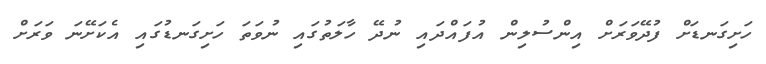
ހަށިގަނޑަށް ފުދޭވަރަށް އިންސުލިން އުފައްދައި ނުދޭ ހާލަތުގައި ނުވަތަ ހަށިގަނޑުގައި އެކަށޭނަ ވަރަށް